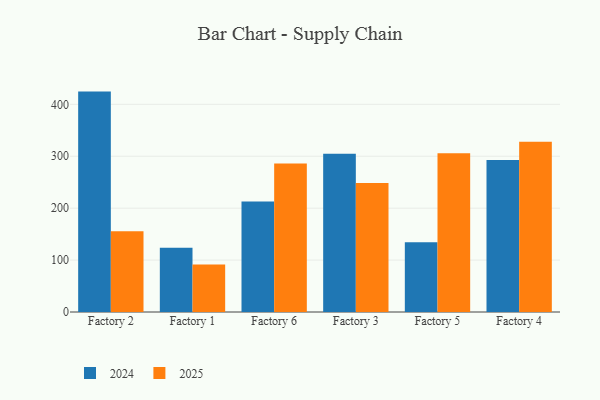
{"axis": {"x": "Factory", "y": "Conversion Rate (%)"}, "legend": ["2024", "2025"], "data": [{"x": "Factory 2", "y": 155.5, "type": "2025"}, {"x": "Factory 2", "y": 424.5, "type": "2024"}, {"x": "Factory 1", "y": 91.3, "type": "2025"}, {"x": "Factory 1", "y": 123.6, "type": "2024"}, {"x": "Factory 6", "y": 286.0, "type": "2025"}, {"x": "Factory 6", "y": 212.8, "type": "2024"}, {"x": "Factory 3", "y": 248.6, "type": "2025"}, {"x": "Factory 3", "y": 304.7, "type": "2024"}, {"x": "Factory 5", "y": 305.8, "type": "2025"}, {"x": "Factory 5", "y": 134.5, "type": "2024"}, {"x": "Factory 4", "y": 327.9, "type": "2025"}, {"x": "Factory 4", "y": 292.7, "type": "2024"}]}